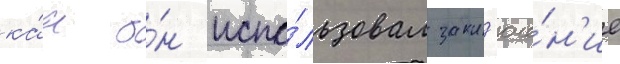
ка́к о́н испо́льзовал закл'юче́н'ие